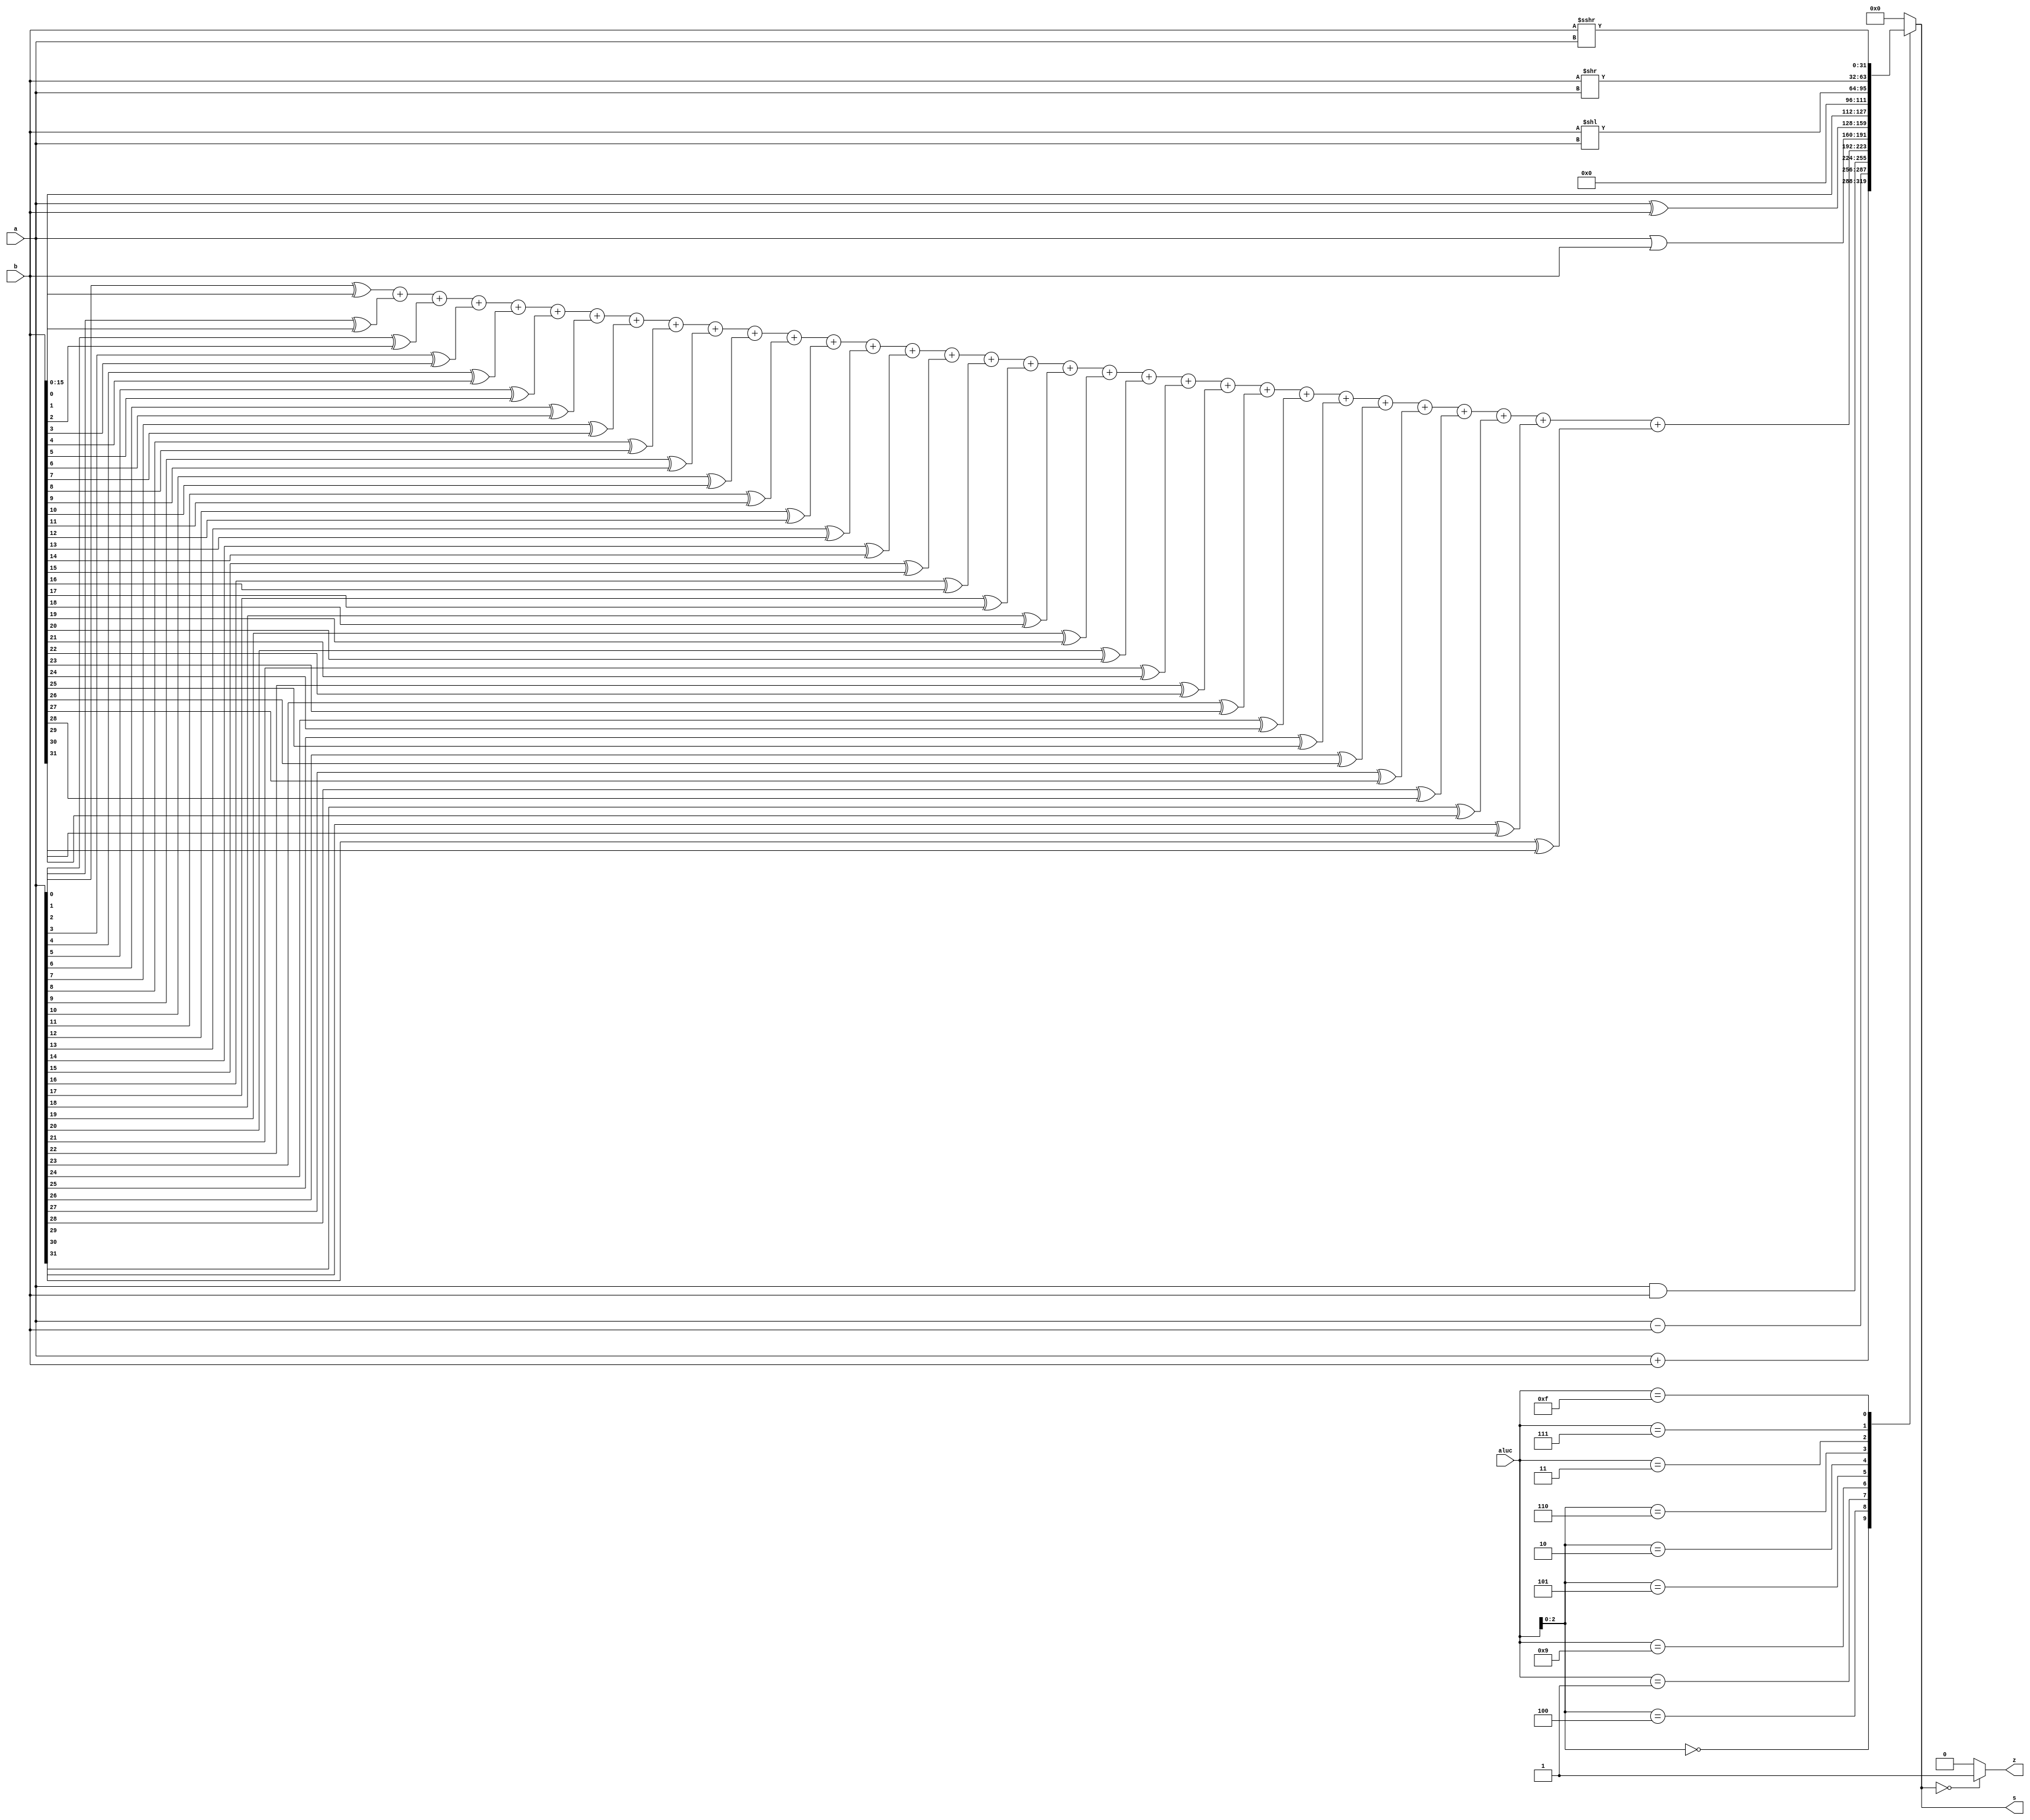
module alu (a,b,aluc,s,z);
   input    [31:0]    a, b;
   input    [3:0]     aluc;
   output   [31:0]    s;
   output             z;
   reg      [31:0]    s;
   reg                z;
   always @ (a or b or aluc) 
      begin                                  // event
         casex (aluc)
            4'bx000: s = a + b;              //x000 ADD
            4'bx100: s = a - b;              //x100 SUB
            4'b0001: s = a & b;              //0001 AND
            4'b1001: 
               s = (a[0] ^ b[0]) +  
                  (a[1] ^ b[1]) +
                  (a[2] ^ b[2]) +
                  (a[3] ^ b[3]) +
                  (a[4] ^ b[4]) +
                  (a[5] ^ b[5]) +
                  (a[6] ^ b[6]) +
                  (a[7] ^ b[7]) +
                  (a[8] ^ b[8]) +
                  (a[9] ^ b[9]) +
                  (a[10] ^ b[10]) +
                  (a[11] ^ b[11]) +
                  (a[12] ^ b[12]) +
                  (a[13] ^ b[13]) +
                  (a[14] ^ b[14]) +
                  (a[15] ^ b[15]) +
                  (a[16] ^ b[16]) +
                  (a[17] ^ b[17]) +
                  (a[18] ^ b[18]) +
                  (a[19] ^ b[19]) +
                  (a[20] ^ b[20]) +
                  (a[21] ^ b[21]) +
                  (a[22] ^ b[22]) +
                  (a[23] ^ b[23]) +
                  (a[24] ^ b[24]) +
                  (a[25] ^ b[25]) +
                  (a[26] ^ b[26]) +
                  (a[27] ^ b[27]) +
                  (a[28] ^ b[28]) +
                  (a[29] ^ b[29]) +
                  (a[30] ^ b[30]) +
                  (a[31] ^ b[31]);            //1001 hamming distance
            4'bx101: s = a | b;              //x101 OR
            4'bx010: s = a ^ b;              //x010 XOR
            4'bx110: s = b << 16;            //x110 LUI: imm << 16bit   
            4'b0011: s = b << a;             //0011 SLL: rd <- (rt << sa)
            4'b0111: s = b >> a;             //0111 SRL: rd <- (rt >> sa) (logical)
            4'b1111: s = $signed(b) >>> a;   //1111 SRA: rd <- (rt >> sa) (arithmetic)
            default: s = 0;
         endcase
         if (s == 0)  
            z = 1;
         else 
            z = 0;         
      end      
endmodule